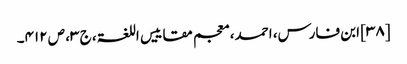
[۳۸] ابن فارس، احمد، معجم مقاییس اللغۃ، ج ۳، ص ۴۱۲۔